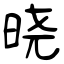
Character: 晓